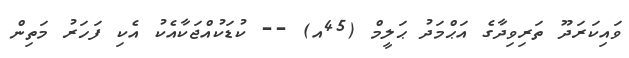
ވައިކަރަދޫ ތަރިވިދާގެ އަޙްމަދު ޙަލީމް (45އ) -- ކުޑަކުއްޖަކާއެކު އެކި ފަހަރު މަތިން